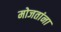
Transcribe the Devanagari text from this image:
मोजतांना